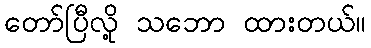
တော်ပြီလို့ သဘော ထားတယ်။